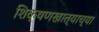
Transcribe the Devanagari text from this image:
शिक्षणखात्याच्या